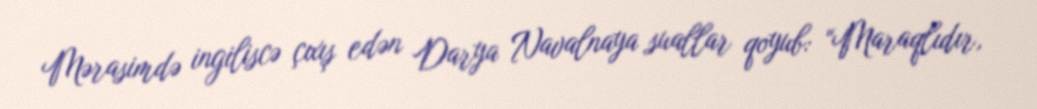
Mərasimdə ingiliscə çıxış edən Darya Navalnaya suallar qoyub: “Maraqlıdır,